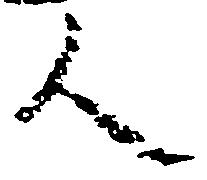
人